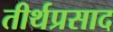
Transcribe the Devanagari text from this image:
तीर्थप्रसाद